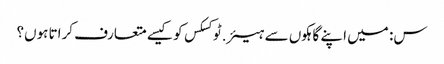
س: میں اپنے گاہکوں سے ہیئر.ٹوکسکس کو کیسے متعارف کراتا ہوں؟